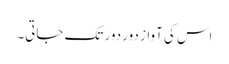
اس کی آواز دور دور تک جاتی۔